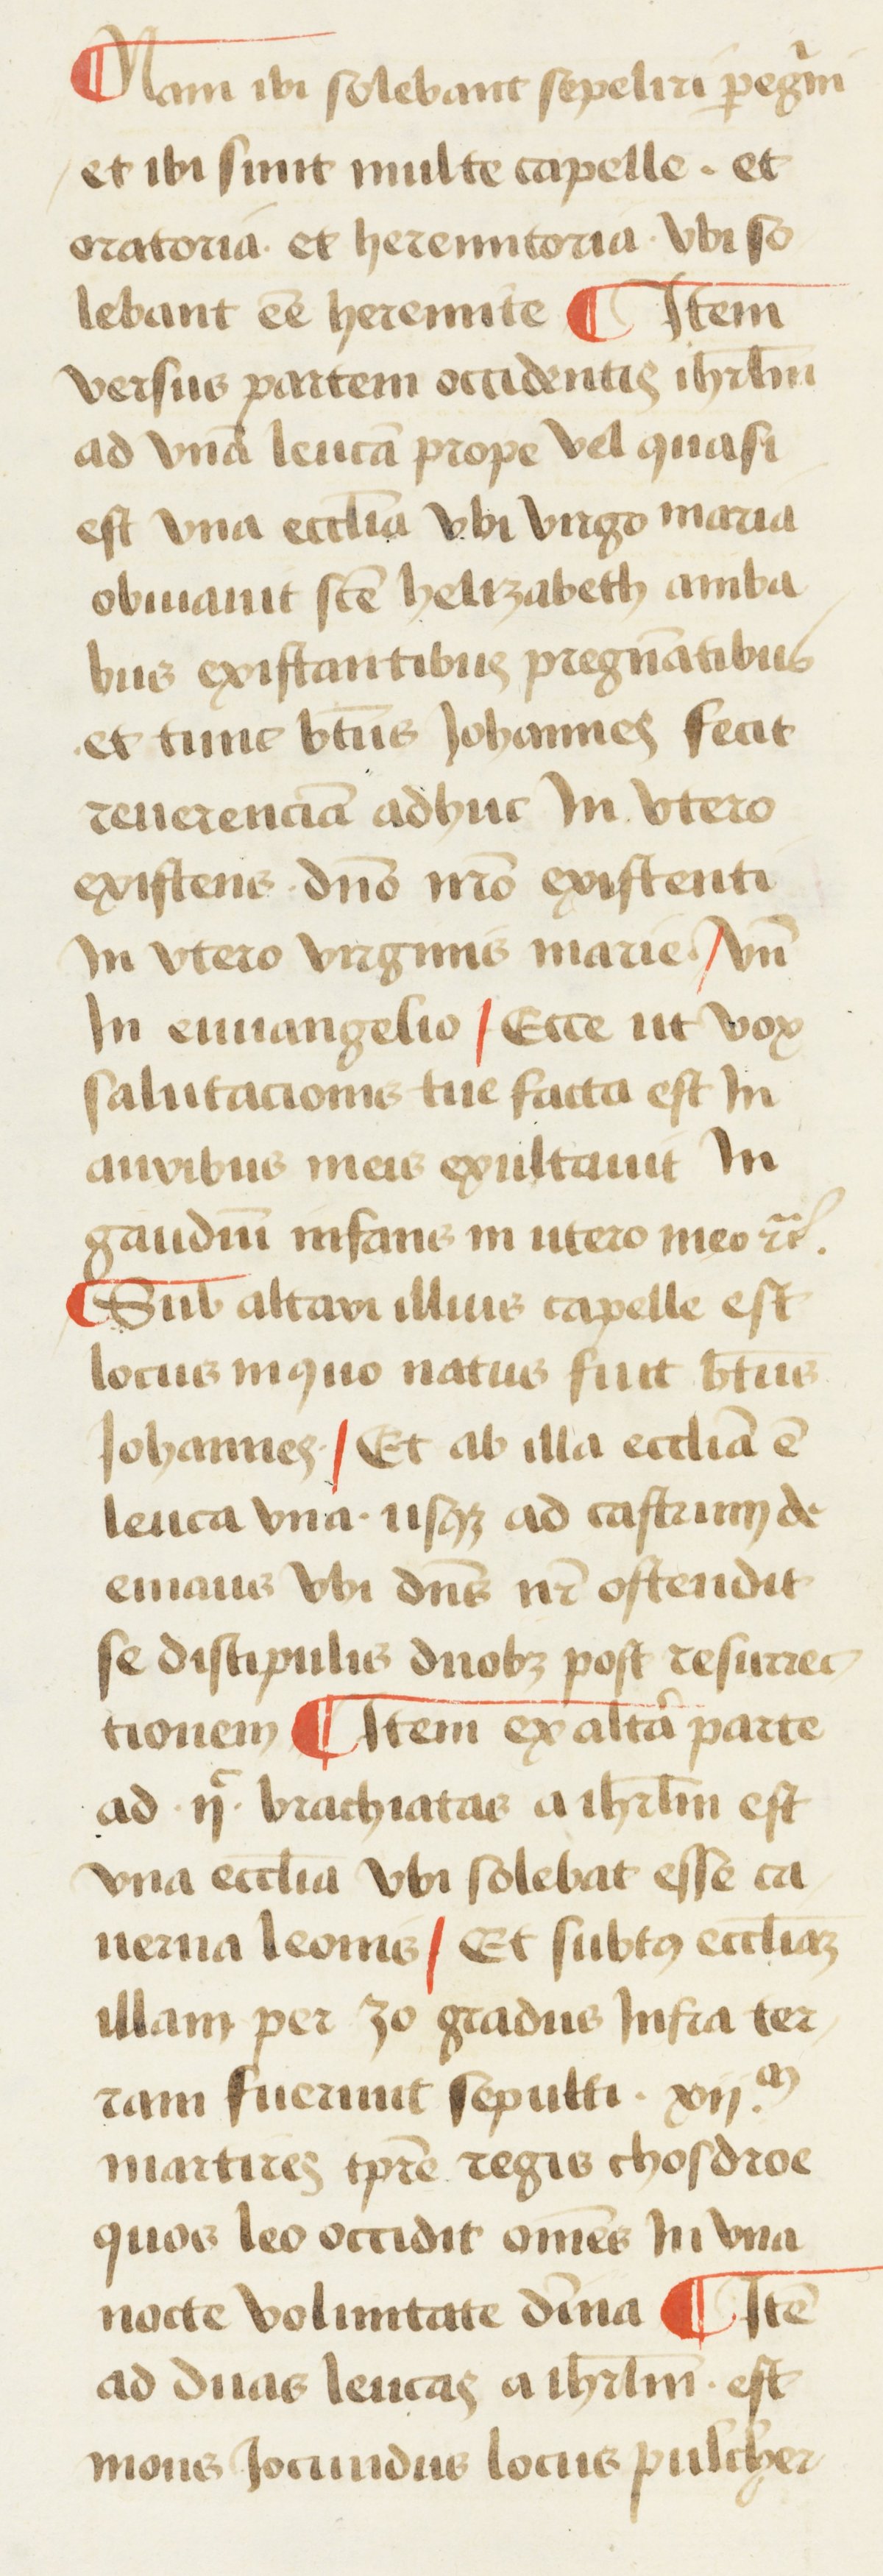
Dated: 1450–1474